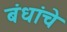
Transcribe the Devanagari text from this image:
बंधांचे